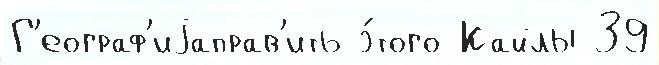
Г'еограф'иjаправ'ить э́того Кайлы 39